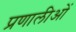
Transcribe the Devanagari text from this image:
प्रणालीओं